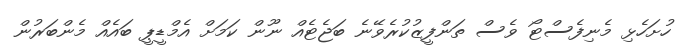
ހުށަހެޅި މެނިފެސްޓޯ ވެސް ތަންފީޒުކުރެވޭނެ ބަޖެޓެއް ނޫން ކަމަށް އެމްޑީޕީ ބައެއް މެންބަރުން